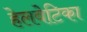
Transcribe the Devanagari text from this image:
हेलवेटिका